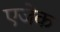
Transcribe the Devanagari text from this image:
एजेक